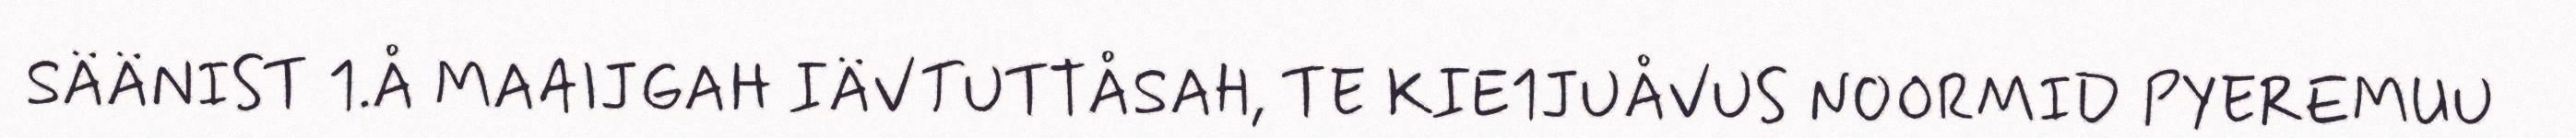
SÄÄNIST 1.Å MAAIJGAH IÄVTUTTÅSAH, TE KIE1JUÅVUS NOORMID PYEREMUU